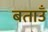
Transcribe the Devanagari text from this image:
बताउँ